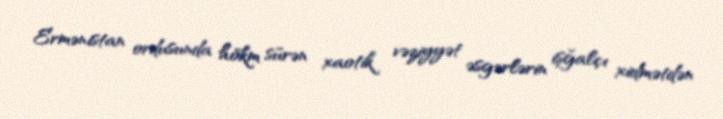
Ermənistan ordusunda hökm sürən xaotik vəziyyət əsgərlərin işğalçı xidmətdən